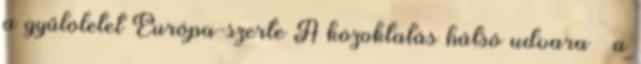
a gyűlöletet Európa-szerte A közoktatás hátsó udvara – a